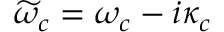
\widetilde { \omega } _ { c } = \omega _ { c } - i \kappa _ { c }